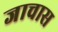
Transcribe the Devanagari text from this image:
जाचास